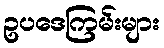
ဥပဒေကြမ်းများ